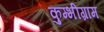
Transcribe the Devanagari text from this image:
कुम्भीग्राम